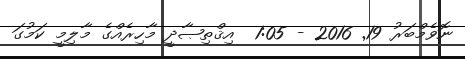
ނޮވެމްބަރު 19